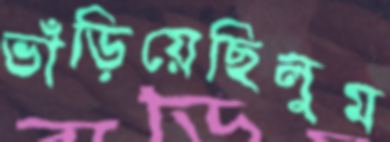
ভাঁড়িয়েছিলুম